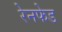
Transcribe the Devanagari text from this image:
रेनफेड